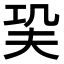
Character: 巬